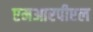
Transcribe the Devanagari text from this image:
एमआरपीएल